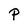
Character: P